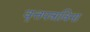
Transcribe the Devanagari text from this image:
वृत्तपत्राविना